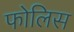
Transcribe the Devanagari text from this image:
फोलिस